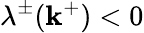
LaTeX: \lambda^{\pm}(\mathbf{k}^{+})<0